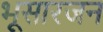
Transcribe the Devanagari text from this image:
भूसारजन